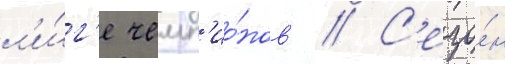
л'и́г'е чемп'ио́нов // С'езо́н